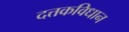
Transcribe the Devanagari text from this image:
दत्तकविधान